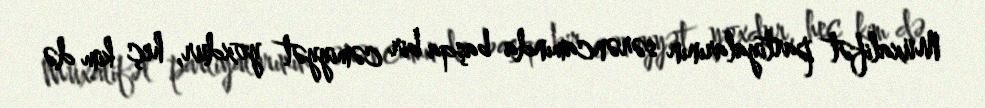
Müxalifət partiyalarının sərəncamında başqa bir cəmiyyət yoxdur, heç kim də